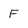
Character: F